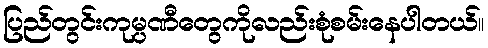
ပြည်တွင်းကုမ္ပဏီတွေကိုလည်းစုံစမ်းနေပါတယ်။